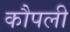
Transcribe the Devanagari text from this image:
कौपली